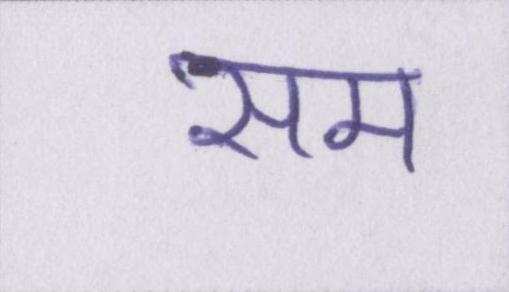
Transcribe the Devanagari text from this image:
सम